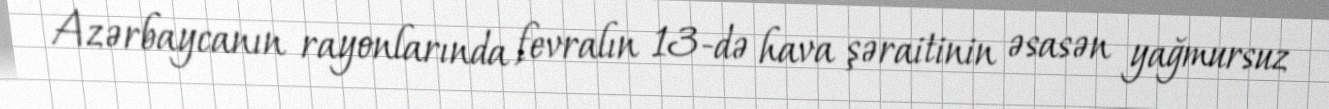
Azərbaycanın rayonlarında fevralın 13-də hava şəraitinin əsasən yağmursuz